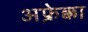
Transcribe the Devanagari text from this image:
अफ्रेक्का